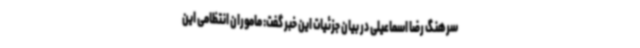
سرهنگ رضا اسماعیلی در بیان جزئیات این خبر گفت: ماموران انتظامی این